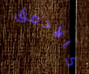
كالأحمق